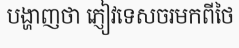
បង្ហាញថា ភ្ញៀវទេសចរមកពីថៃ